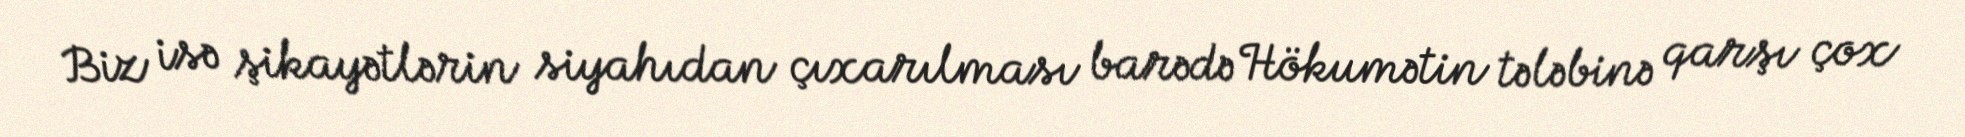
Biz isə şikayətlərin siyahıdan çıxarılması barədə Hökumətin tələbinə qarşı çox